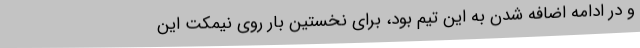
و در ادامه اضافه شدن به این تیم بود، برای نخستین بار روی نیمکت این